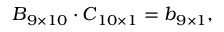
\boldsymbol { B } _ { 9 \times 1 0 } \cdot \boldsymbol { C } _ { 1 0 \times 1 } = \boldsymbol { b } _ { 9 \times 1 } ,